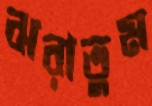
ঝরাতুম